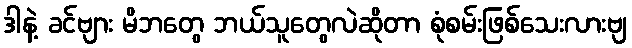
ဒါနဲ့ ခင်ဗျား မိဘတွေ ဘယ်သူတွေလဲဆိုတာ စုံစမ်းဖြစ်သေးလားဗျ